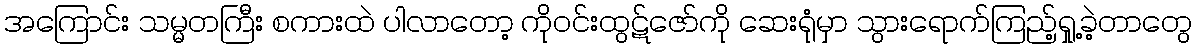
အကြောင်း သမ္မတကြီး စကားထဲ ပါလာတော့ ကိုဝင်းထွဋ်ဇော်ကို ဆေးရုံမှာ သွားရောက်ကြည့်ရှု့ခဲ့တာတွေ